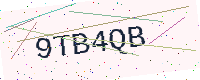
Text: 9TB4QB